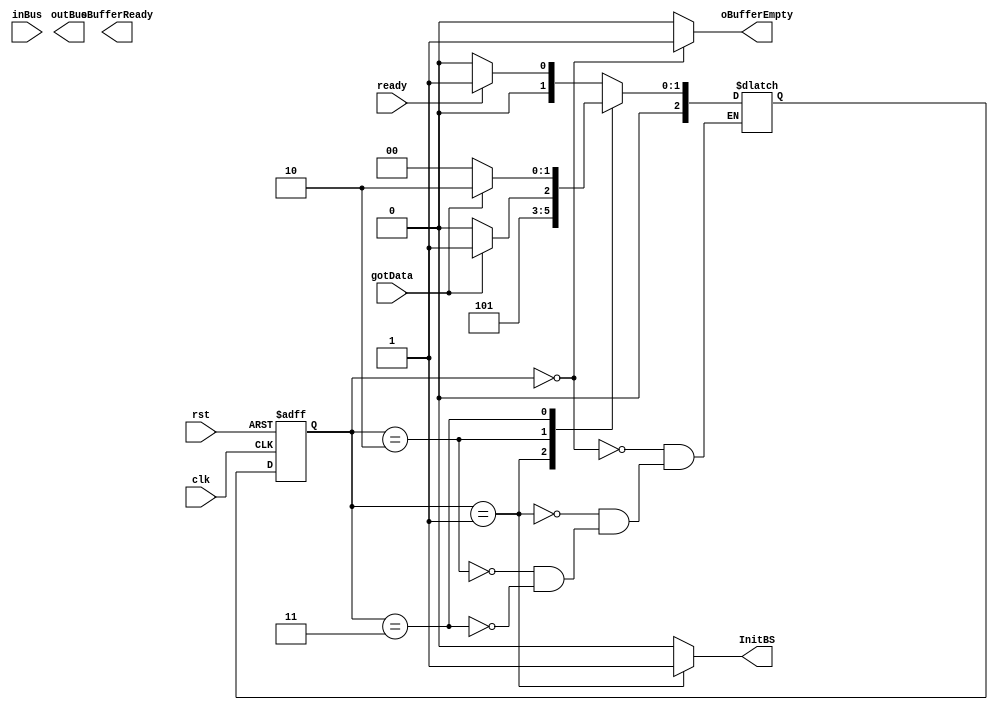
`timescale 1ns/1ns
module OutputWrapper(input clk,rst,ready,gotData,input [31:0] inBus,output [31:0] outBus,output reg oBufferReady,oBufferEmpty,InitBS);
	reg [31:0] ResultReg;
	parameter [2:0] Empty = 3'b000,ReceiveData = 3'b001, waitForGot = 3'b010,
			   makeSureGot = 3'b011;
	reg [2:0] ns,ps;
	reg ldO;
	always @(ps,ready,inBus) begin
		{InitBS,oBufferEmpty,ldO} = 3'b000;
		case (ps)
			Empty : begin 
				ns <= ready ? ReceiveData : Empty;
				oBufferEmpty <= 1'b1;
			end
			ReceiveData : begin
				InitBS <= 1'b1;
				ns <= waitForGot;
			end
			waitForGot : begin
				ns <= gotData ? makeSureGot : waitForGot;
			end
			makeSureGot : begin
				ns <= gotData ? waitForGot : Empty;
			end
		endcase
	end

	always @(posedge clk,posedge rst) begin
		if(rst) begin
			ps <= Empty;
			ResultReg <= 32'b0;
		end
		else
			ps <= ns;
	end

endmodule